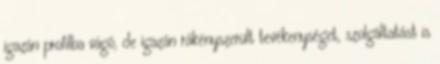
igazán profilba vágó, de igazán rákényszerült tevékenységet, szolgáltatást is